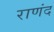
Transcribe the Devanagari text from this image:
राणंद